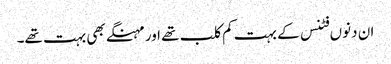
ان دنوں فٹنس کے بہت کم کلب تھے اور مہنگے بھی بہت تھے۔